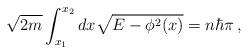
LaTeX: \begin{align*}\sqrt{2m} \int^{x_2}_{x_1} dx \sqrt{E - \phi^2(x)} = n\hbar\pi\,,\end{align*}